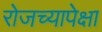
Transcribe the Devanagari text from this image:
रोजच्यापेक्षा